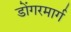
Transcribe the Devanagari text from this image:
डोंगरमार्ग